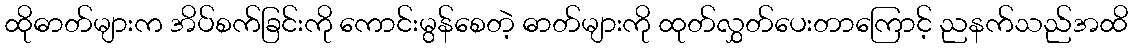
ထိုဓာတ်များက အိပ်စက်ခြင်းကို ကောင်းမွန်စေတဲ့ ဓာတ်များကို ထုတ်လွှတ်ပေးတာကြောင့် ညနက်သည်အထိ